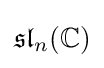
{\mathfrak {sl}}_{n}(\mathbb {C} )